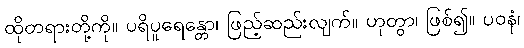
ထိုတရားတို့ကို။ ပရိပူရေန္တော၊ ဖြည့်ဆည်းလျက်။ ဟုတွာ၊ ဖြစ်၍။ ပဝနံ၊